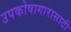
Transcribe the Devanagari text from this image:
उपकोषागारासाठी